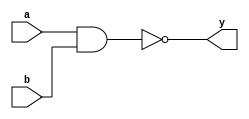
module nand_gate2ip(a,b,y);
input a,b;
output y;

assign y= ~(a&b);

endmodule